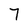
Character: 7